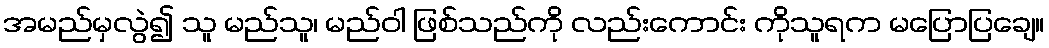
အမည်မှလွဲ၍ သူ မည်သူ၊ မည်ဝါ ဖြစ်သည်ကို လည်းကောင်း ကိုသူရက မပြောပြချေ။